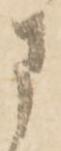
さ